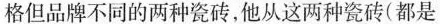
格但品牌不同的两种瓷砖，他从这两种瓷砖(都是